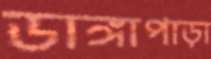
ডাঙ্গাপাড়া